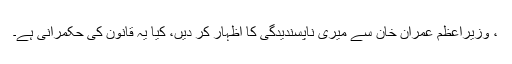
، وزیراعظم عمران خان سے میری ناپسندیدگی کا اظہار کر دیں، کیا یہ قانون کی حکمرانی ہے۔